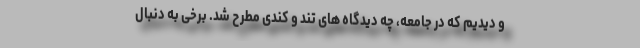
و دیدیم که در جامعه، چه دیدگاه های تند و کندی مطرح شد. برخی به دنبال